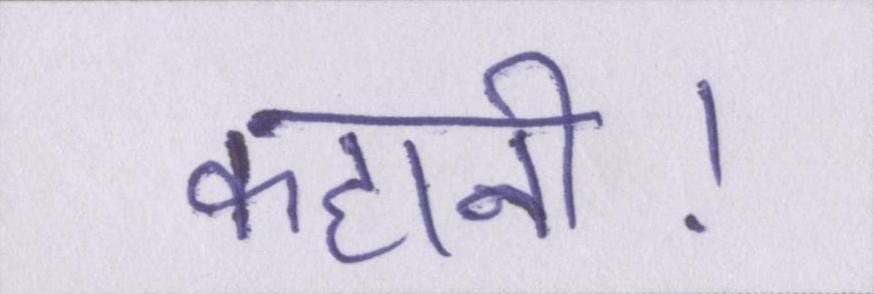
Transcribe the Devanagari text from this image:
कहानी।